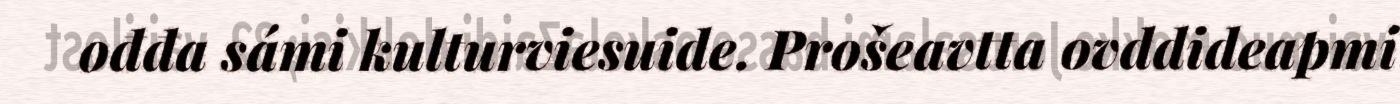
ođđa sámi kulturviesuide. Prošeavtta ovddideapmi